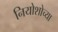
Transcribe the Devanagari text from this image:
नियोशोच्या